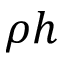
\rho h